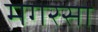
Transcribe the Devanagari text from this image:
मगरसा